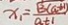
x _ { 1 } = \frac { \sqrt { 3 } ( a + 1 ) } { a t 1 }